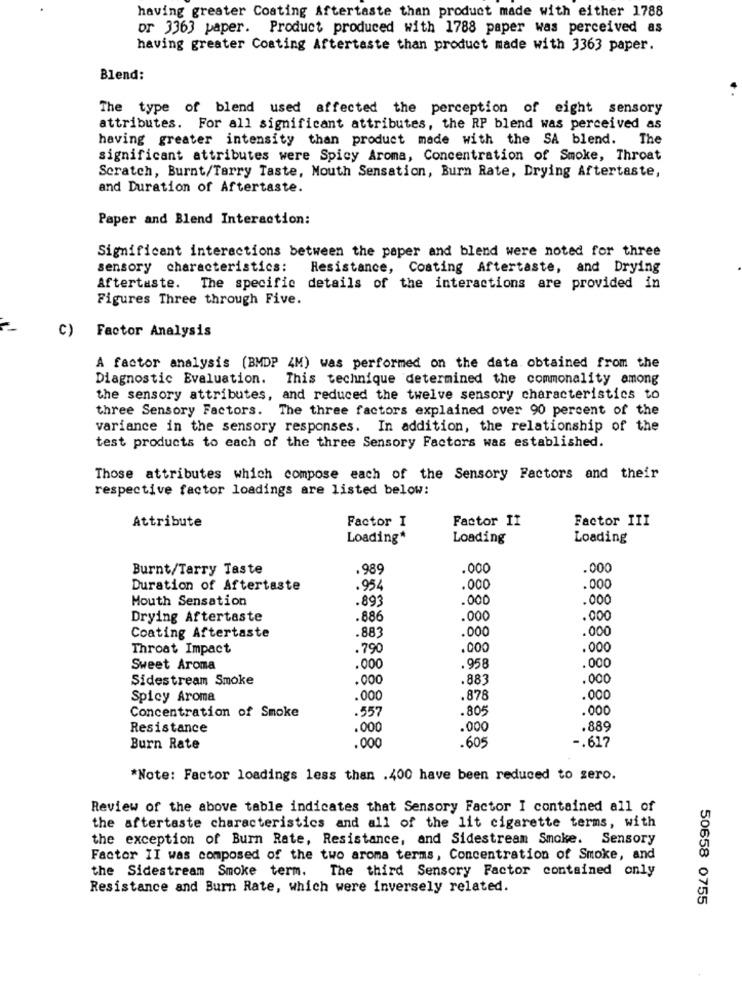
having greater Coating Aftertaste than product made with either 1788
or 3363 paper. Product produced with 1788 paper was perceived as
having greater Coating Aftertaste than product made with 3363 paper.
Blend:
The type of blend used affected the perception of eight sensory
attributes. For all significant attributes, the RP blend was perceived as
having greater intensity than product made with the SA blend. The
significant attributes were Spicy Aroma, Concentration of Smoke, Throat
Scratch, Burnt/Tarry Taste, Mouth Sensation, Burn Rate, Drying Aftertaste,
and Duration of Aftertaste.
Paper and Blend Interaction:
Significant interactions between the paper and blend were noted for three
sensory characteristics:
Resistance, Coating Aftertaste, and Drying
Aftertaste. The specific details of the interactions are provided in
Figures Three through Five.
c)
Factor Analysis
A factor analysis (BMDP 4M) was performed on the data obtained from the
Diagnostic Evaluation. This technique determined the commonality among
the sensory attributes, and reduced the twelve sensory characteristics to
three Sensory Factors. The three factors explained over 90 percent of the
variance in the sensory responses. In addition, the relationship of the
test products to each of the three Sensory Factors was established.
Those attributes which compose each of the Sensory Factors and their
respective factor loadings are listed below:
Attribute
Factor I
Factor II
Factor III
Loading*
Loading
Loading
Burnt/Tarry Taste
.989
.000
.000
Duration of Aftertaste
. 954
.000
.000
Mouth Sensation
.893
.000
.000
Drying Aftertaste
.886
.000
.000
.883
.000
.000
Coating Aftertaste
Throat Impact
.790
.000
.000
.000
Sweet Aroma
.000
.958
Sidestream Smoke
.000
.883
.000
Spicy Aroma
.000
.878
.000
Concentration of Smoke
.557
.805
.000
Resistance
000
.000
.889
-. 617
Burn Rate
.000
.605
*Note: Factor loadings less than .400 have been reduced to zero.
Review of the above table indicates that Sensory Factor I contained all of
the aftertaste characteristics and all of the lit cigarette terms, with
the exception of Burn Rate, Resistance, and Sidestream Smoke. Sensory
Factor II was composed of the two aroma terms, Concentration of Smoke, and
The third Sensory Factor contained only
the Sidestream Smoke term.
Resistance and Burn Rate, which were inversely related.
50658 0755